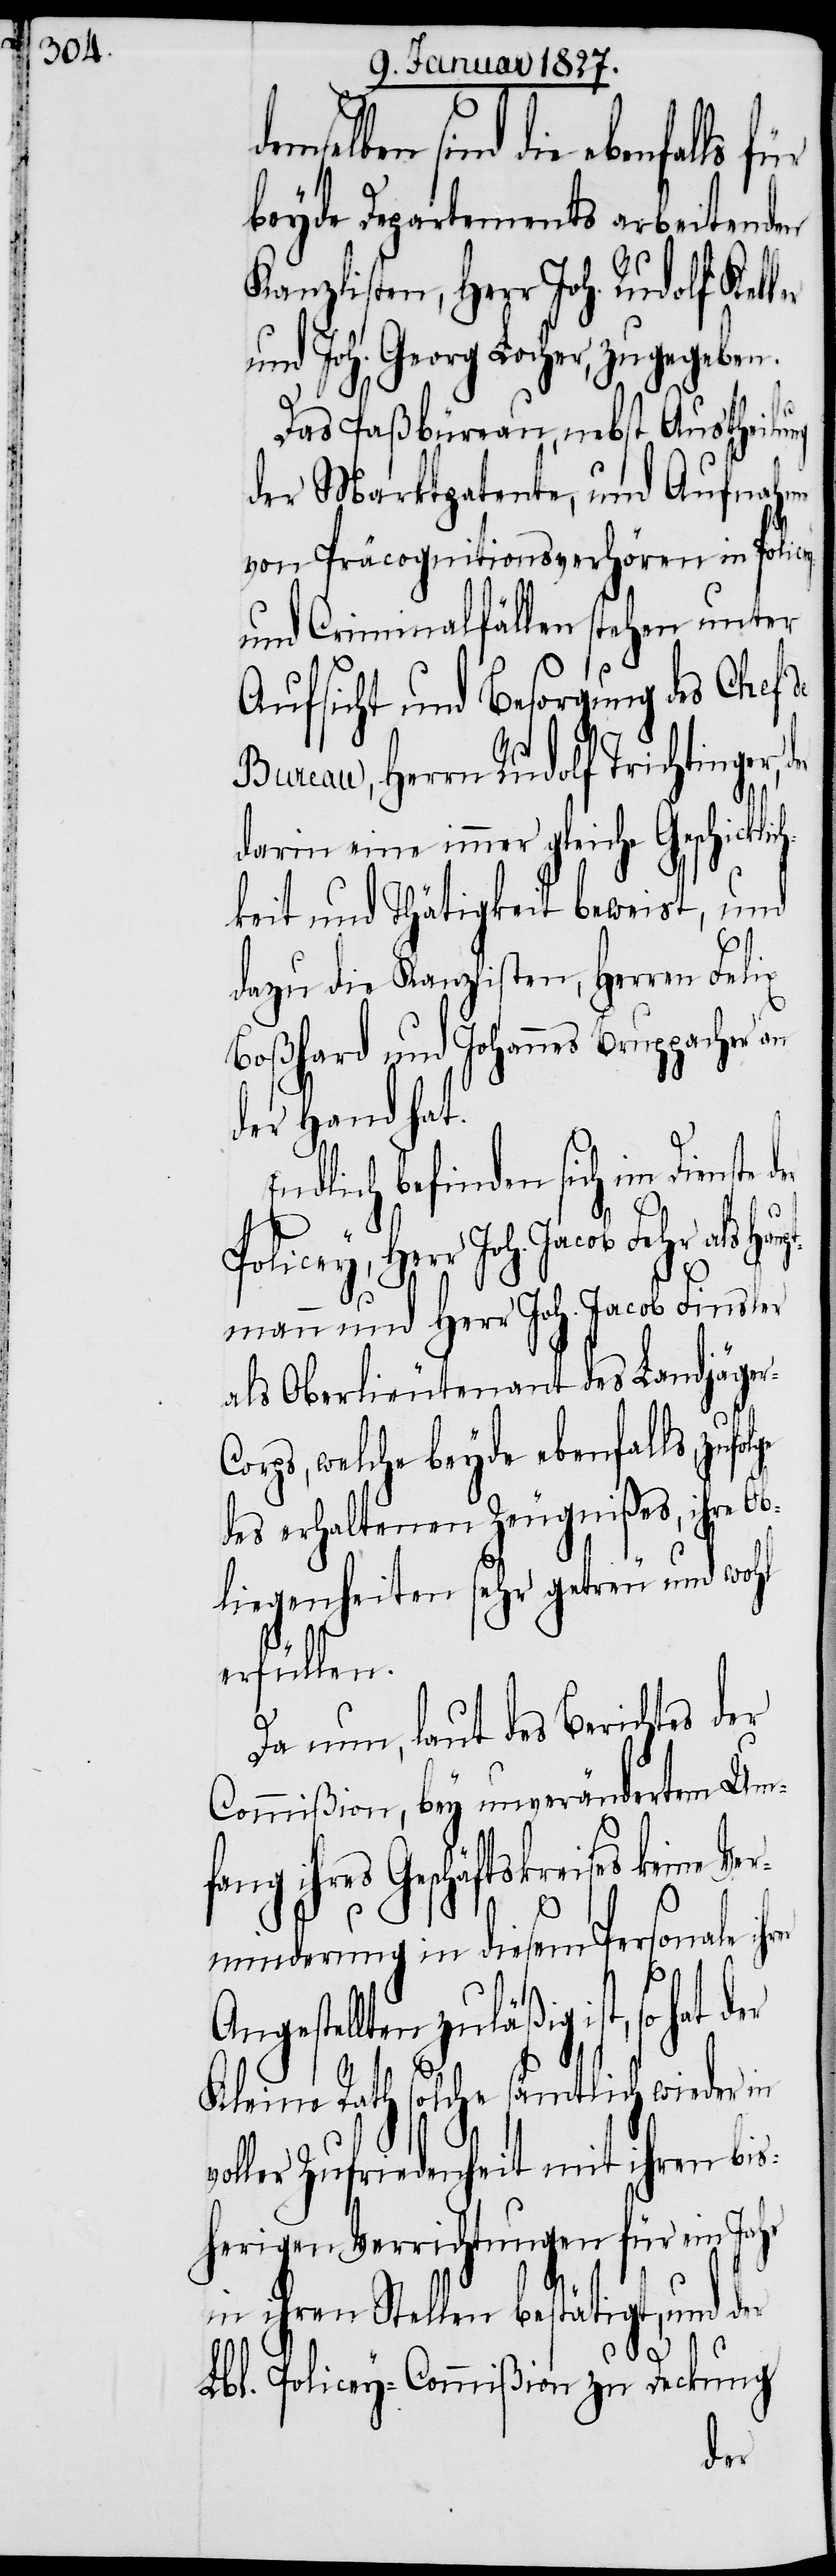
mselben sind die ebenfalls
beyde Departements arbeitenden
Kanzlisten, Herr Joh. Rudolf
und Joh. Georg Locher, zugegeben.
Das Paßbüreau, nebst Austheilung
der Marktpatente, und Aufnahme
von Präcognitionsverhören in Police¬
und Criminalfällen stehen unter
Aufsicht und Besorgung des Chef
Bureau, Herrn Rudolf Trichtinger,
darin eine immer gleiche Geschicklic¬
hkeit und Thätigkeit bewirkt, und
dazu die Kanzlisten, Herren Felix
Boßhard und Johannes Bruppacher an
der Hand hat.
Endlich befinden sich im Dienste
lge
Policey, Herr Joh. Jacob Fehr als
mann und Herr Joh. Jacob Finsler
als Oberlieutenant des Landjäge¬
orps, welche beyde ebenfalls, zufo¬
des erhaltenen Zeugnißes, ihre Ob¬
liegenheiten sehr getreu und wohl
erfüllen.
Da nun, laut des Berichtes der
Commißion, bey unverändertem Um¬
fang ihres Geschäftskreises keine V¬
erminderung in diesem Personale ih¬
Angestellten zuläßig ist, so hat
Kleine Rath solche sämtlich wieder in
voller Zufriedenheit mit ihren bis¬
herigen Verrichtungen für ein Jahr
Haupt¬
in ihren Stellen bestätigt, und der
r-C¬
Lbl. Policey-Commißion zu Deckung
der